Reports on dispensaries and lunatic asylums in the Province of Oudh - 1869-1876
Year: 1869
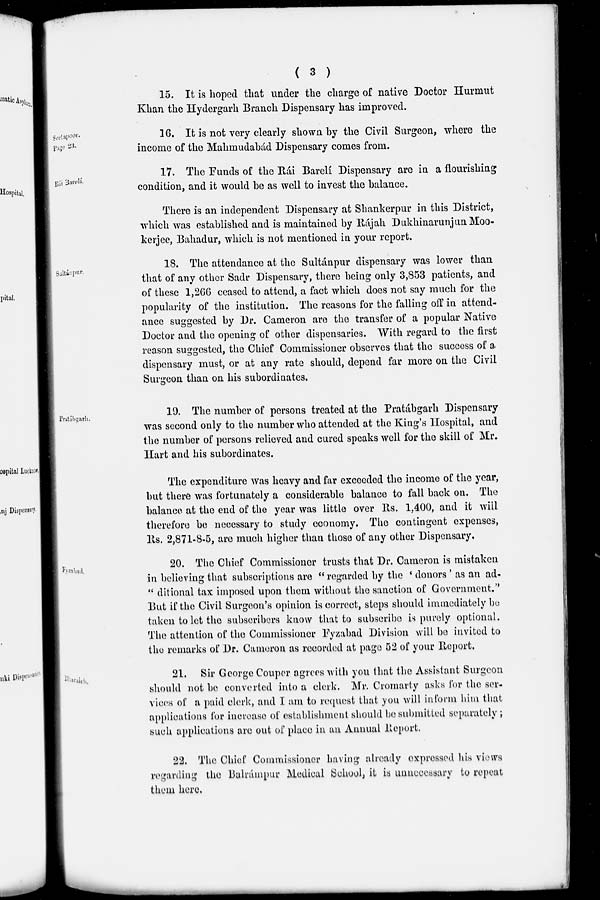
( 3 )
15. It is hoped that under the charge of native Doctor Hurmut
Khan the Hydergarh Branch Dispensary has improved.
Seetapoor
Page 23.
16. It is not very clearly shown by the Civil Surgeon, where the
income of the Mahmudabád Dispensary comes from.
Rai Barelí.
17. The Funds of the Rái Barelí Dispensary are in a flourishing
condition, and it would be as well to invest the balance.
There is an independent Dispensary at Shankerpur in this District,
which was established and is maintained by Rájah Dukhinarunjun Moo-
kerjee, Bahadur, which is not mentioned in your report.
Sultánpur.
18. The attendance at the Sultánpur dispensary was lower than
that of any other Sadr Dispensary, there being only 3,853 patients, and
of these 1,266 ceased to attend, a fact which does not say much for the
popularity of the institution. The reasons for the falling off in attend-
ance suggested by Dr. Cameron are the transfer of a popular Native
Doctor and the opening of other dispensaries. With regard to the first
reason suggested, the Chief Commissioner observes that the success of a
dispensary must, or at any rate should, depend far more on the Civil
Surgeon than on his subordinates.
Pratábgarh.
19. The number of persons treated at the Pratábgarh Dispensary
was second only to the number who attended at the King's Hospital, and
the number of persons relieved and cured speaks well for the skill of Mr.
Hart and his subordinates.
The expenditure was heavy and far exceeded the income of the year,
but there was fortunately a considerable balance to fall back on. The
balance at the end of the year was little over Rs. 1,400, and it will
therefore be necessary to study economy. The contingent expenses,
Rs. 2,871-8-5, are much higher than those of any other Dispensary.
Fyzabad.
20. The Chief Commissioner trusts that Dr. Cameron is mistaken
in believing that subscriptions are "regarded by the ' donors ' as an ad-
" ditional tax imposed upon them without the sanction of Government."
But if the Civil Surgeon's opinion is correct, steps should immediately be
taken to let the subscribers know that to subscribe is purely optional.
The attention of the Commissioner Fyzabad Division will be invited to
the remarks of Dr. Cameron as recorded at page 52 of your Report.
Bharaich.
21. Sir George Couper agrees with you that the Assistant Surgeon
should not be converted into a clerk. Mr. Cromarty asks for the ser-
vices of a paid clerk, and I am to request that you will inform him that
applications for incerease of establishment should be submitted separately ;
such applications are out of place in an Annual Report.
22. The Chief Commissioner having already expressed his views
regarding the Balrámpur Medical School, it is unnecessary to repeat
them here.